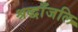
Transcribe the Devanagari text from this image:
श्रद्धाँजलि